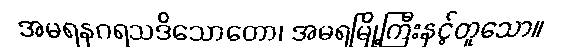
အမရနဂရသဒိသောတော၊ အမရမြို့ကြီးနှင့်တူသော။